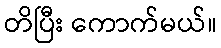
တိပြီး ကောက်မယ်။